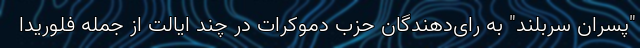
"پسران سربلند" به رای‌دهندگان حزب دموکرات در چند ایالت از جمله فلوریدا